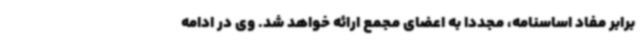
برابر مفاد اساسنامه، مجددا به اعضای مجمع ارائه خواهد شد. وی در ادامه